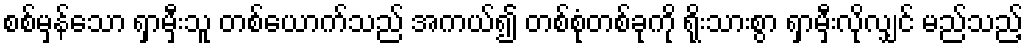
စစ်မှန်သော ရှာမှီးသူ တစ်ယောက်သည် အကယ်၍ တစ်စုံတစ်ခုကို ရိုးသားစွာ ရှာမှီးလိုလျှင် မည်သည့်